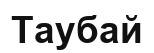
Таубай